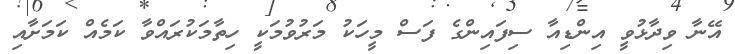
އޭނާ ވިދާޅުވީ އިންޑިއާ ސިފައިންގެ ފަސް މީހަކު މަރުވުމަކީ ހިތާމަކުރައްވާ ކަމެއް ކަމަށާއި